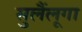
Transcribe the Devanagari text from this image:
सुलैंलूगा